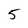
Character: 5